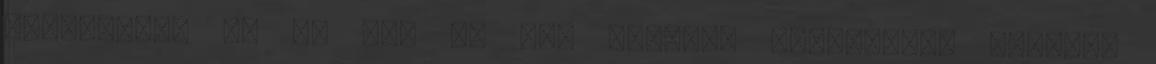
fordítassz le és nem is van másként "álcázva". Viszont